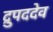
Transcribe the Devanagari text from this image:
द्रुपददेव